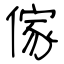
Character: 傢